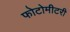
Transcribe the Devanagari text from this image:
फोटोमीटरी